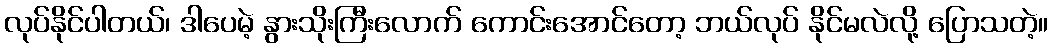
လုပ်နိုင်ပါတယ်၊ ဒါပေမဲ့ နွားသိုးကြီးလောက် ကောင်းအောင်တော့ ဘယ်လုပ် နိုင်မလဲလို့ ပြောသတဲ့။